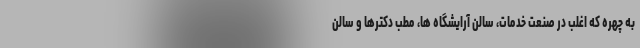
به چهره که اغلب در صنعت خدمات، سالن آرایشگاه ها، مطب دکترها و سالن